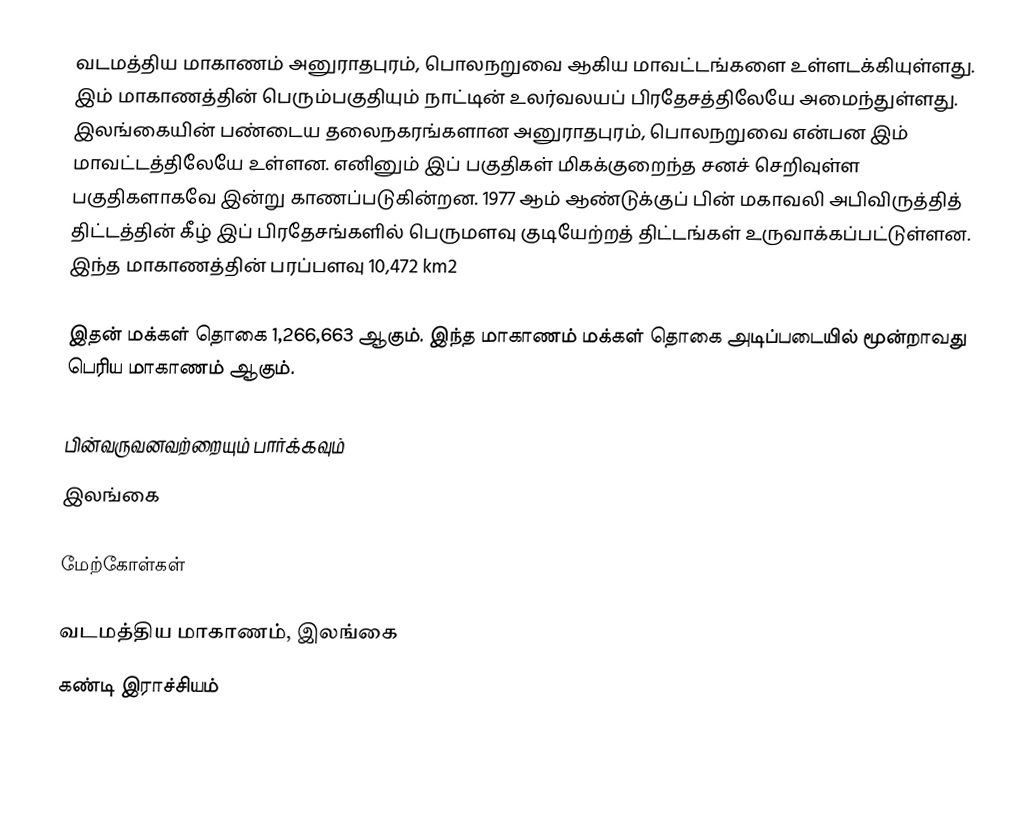
வடமத்திய மாகாணம் அனுராதபுரம், பொலநறுவை ஆகிய மாவட்டங்களை உள்ளடக்கியுள்ளது. இம் மாகாணத்தின் பெரும்பகுதியும் நாட்டின் உலர்வலயப் பிரதேசத்திலேயே அமைந்துள்ளது. இலங்கையின் பண்டைய தலைநகரங்களான அனுராதபுரம், பொலநறுவை என்பன இம் மாவட்டத்திலேயே உள்ளன. எனினும் இப் பகுதிகள் மிகக்குறைந்த சனச் செறிவுள்ள பகுதிகளாகவே இன்று காணப்படுகின்றன. 1977 ஆம் ஆண்டுக்குப் பின் மகாவலி அபிவிருத்தித் திட்டத்தின் கீழ் இப் பிரதேசங்களில் பெருமளவு குடியேற்றத் திட்டங்கள் உருவாக்கப்பட்டுள்ளன. இந்த மாகாணத்தின் பரப்பளவு 10,472 km2

இதன் மக்கள் தொகை 1,266,663 ஆகும். இந்த மாகாணம் மக்கள் தொகை அடிப்படையில் மூன்றாவது பெரிய மாகாணம் ஆகும்.

பின்வருவனவற்றையும் பார்க்கவும்
 இலங்கை

மேற்கோள்கள்

வடமத்திய மாகாணம், இலங்கை
கண்டி இராச்சியம்